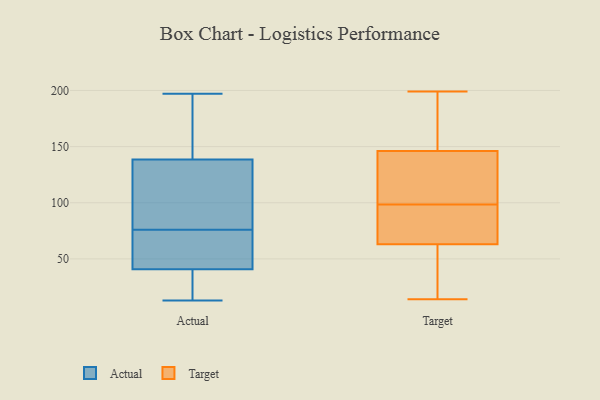
{"axis": {"x": "Inventory Turnover", "y": "Value"}, "legend": ["Actual", "Target"], "data": [{"x": "", "y": 70, "type": "Actual"}, {"x": "", "y": 86, "type": "Actual"}, {"x": "", "y": 174, "type": "Actual"}, {"x": "", "y": 182, "type": "Actual"}, {"x": "", "y": 140, "type": "Actual"}, {"x": "", "y": 17, "type": "Actual"}, {"x": "", "y": 19, "type": "Actual"}, {"x": "", "y": 76, "type": "Actual"}, {"x": "", "y": 13, "type": "Actual"}, {"x": "", "y": 52, "type": "Actual"}, {"x": "", "y": 86, "type": "Actual"}, {"x": "", "y": 134, "type": "Actual"}, {"x": "", "y": 197, "type": "Actual"}, {"x": "", "y": 38, "type": "Actual"}, {"x": "", "y": 49, "type": "Actual"}, {"x": "", "y": 174, "type": "Target"}, {"x": "", "y": 73, "type": "Target"}, {"x": "", "y": 86, "type": "Target"}, {"x": "", "y": 51, "type": "Target"}, {"x": "", "y": 14, "type": "Target"}, {"x": "", "y": 142, "type": "Target"}, {"x": "", "y": 147, "type": "Target"}, {"x": "", "y": 90, "type": "Target"}, {"x": "", "y": 63, "type": "Target"}, {"x": "", "y": 199, "type": "Target"}, {"x": "", "y": 27, "type": "Target"}, {"x": "", "y": 129, "type": "Target"}, {"x": "", "y": 65, "type": "Target"}, {"x": "", "y": 107, "type": "Target"}, {"x": "", "y": 42, "type": "Target"}, {"x": "", "y": 146, "type": "Target"}, {"x": "", "y": 139, "type": "Target"}, {"x": "", "y": 152, "type": "Target"}]}